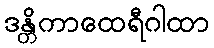
ဒန္တိကာထေရီဂါထာ